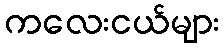
ကလေးငယ်များ